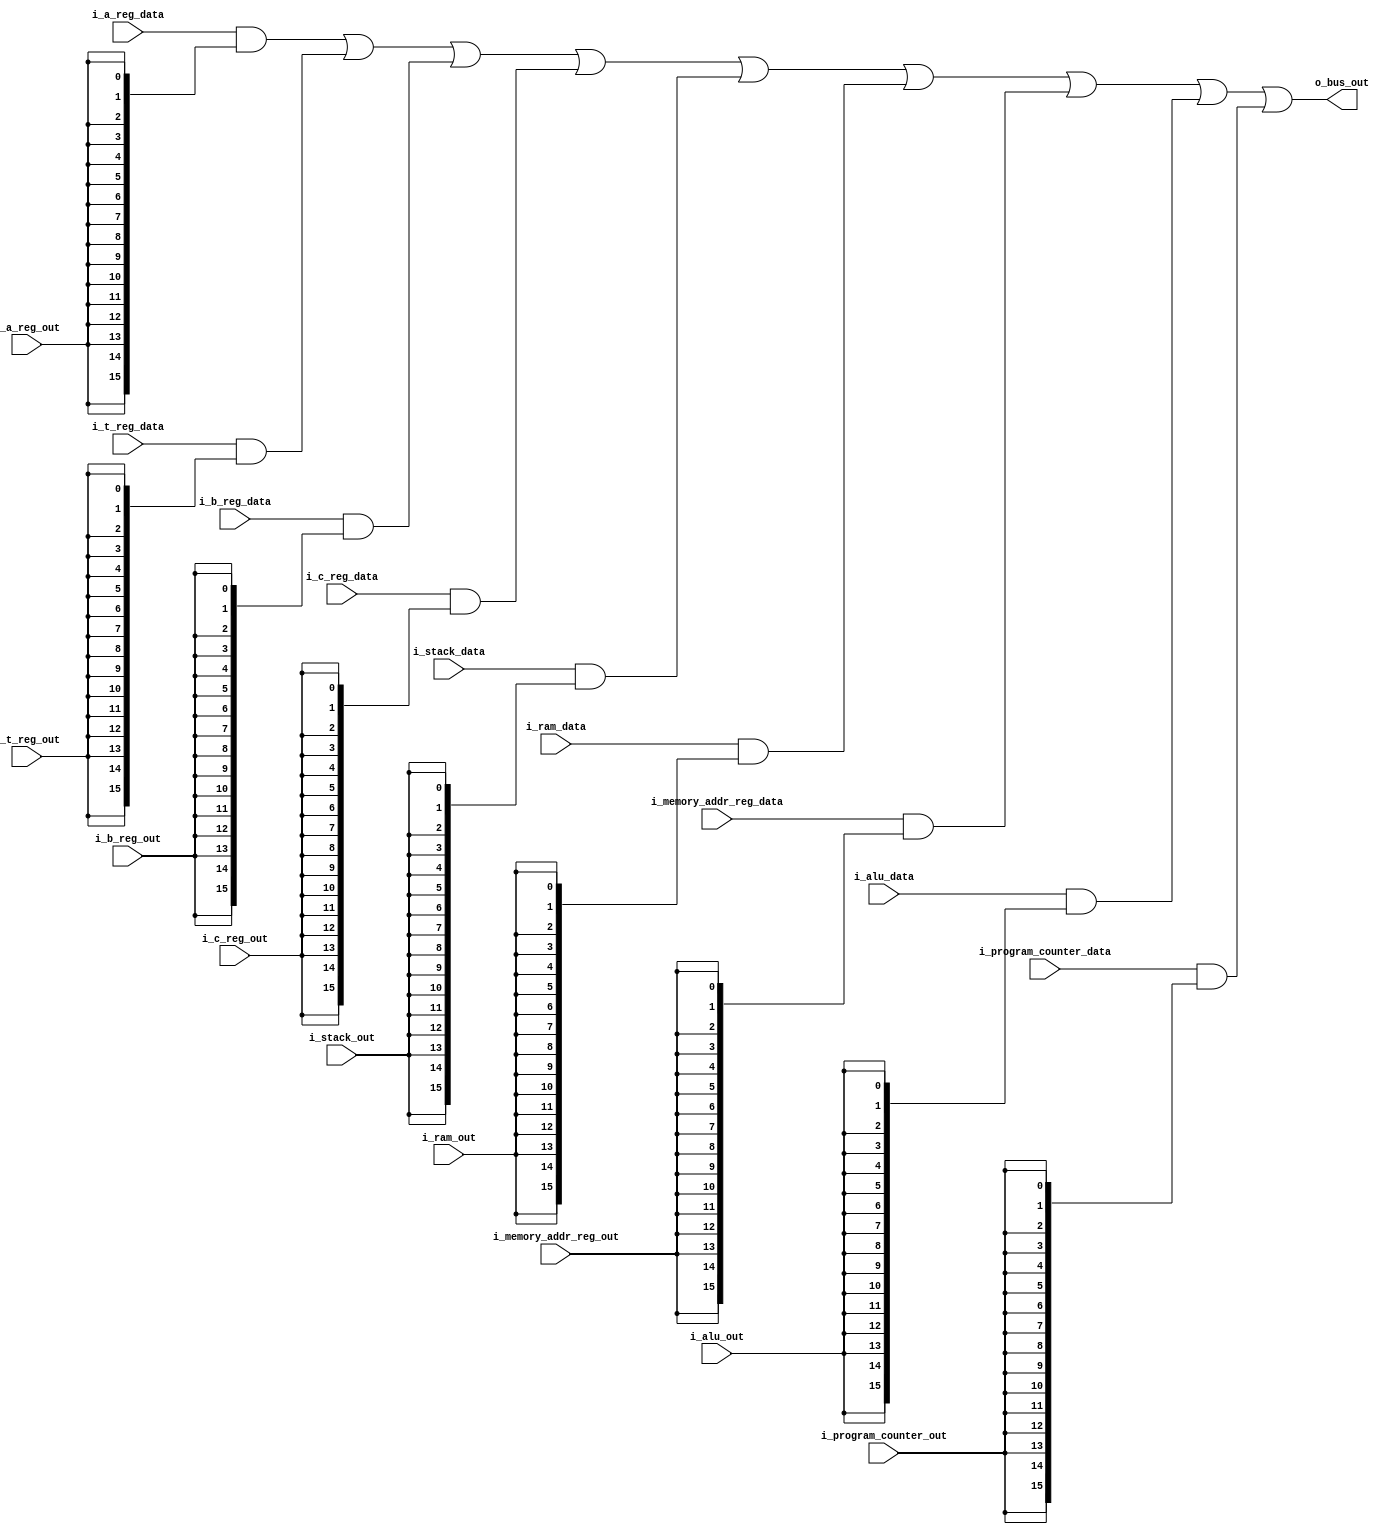
// My verilog simulator does not do tristate logic
// Instead, we will send all data to the bus and AND it with a MASK of its valid
// The bus will then OR reduce and output. At any given time, only one valid
// should be high anyway so this works will

`default_nettype none

module Bus #(
  parameter BUS_WIDTH                 = 16,
  parameter A_REG_OUT_WIDTH           = 8,
  parameter T_REG_OUT_WIDTH           = 8,
  parameter B_REG_OUT_WIDTH           = 8,
  parameter C_REG_OUT_WIDTH           = 8,
  parameter RAM_OUT_WIDTH             = 8,
  parameter STACK_OUT_WIDTH           = 16,
  parameter MEMORY_ADDR_REG_OUT_WIDTH = 16,
  parameter ALU_OUT_WIDTH             = 8,
  parameter PROGRAM_COUNTER_OUT_WIDTH = 16
)(
  input wire i_a_reg_out,
  input wire i_t_reg_out,
  input wire i_b_reg_out,
  input wire i_c_reg_out,
  input wire i_ram_out,
  input wire i_stack_out,
  input wire i_memory_addr_reg_out,
  input wire i_alu_out,
  input wire i_program_counter_out,

  input wire           [A_REG_OUT_WIDTH-1:0] i_a_reg_data,
  input wire           [T_REG_OUT_WIDTH-1:0] i_t_reg_data,
  input wire           [B_REG_OUT_WIDTH-1:0] i_b_reg_data,
  input wire           [C_REG_OUT_WIDTH-1:0] i_c_reg_data,
  input wire           [STACK_OUT_WIDTH-1:0] i_stack_data,
  input wire             [RAM_OUT_WIDTH-1:0] i_ram_data,
  input wire [MEMORY_ADDR_REG_OUT_WIDTH-1:0] i_memory_addr_reg_data,
  input wire             [ALU_OUT_WIDTH-1:0] i_alu_data,
  input wire [PROGRAM_COUNTER_OUT_WIDTH-1:0] i_program_counter_data,

  output wire                [BUS_WIDTH-1:0] o_bus_out
);

  //left fill with 0's if need be, and mask with data with valids
  wire [BUS_WIDTH-1:0] a_reg_masked           =  {{BUS_WIDTH-A_REG_OUT_WIDTH{1'b0}},          i_a_reg_data}
                                                & {BUS_WIDTH{i_a_reg_out}};
  wire [BUS_WIDTH-1:0] t_reg_masked           =  {{BUS_WIDTH-B_REG_OUT_WIDTH{1'b0}},          i_t_reg_data}
                                                & {BUS_WIDTH{i_t_reg_out}};
  wire [BUS_WIDTH-1:0] b_reg_masked           =  {{BUS_WIDTH-B_REG_OUT_WIDTH{1'b0}},          i_b_reg_data}
                                                & {BUS_WIDTH{i_b_reg_out}};
  wire [BUS_WIDTH-1:0] c_reg_masked           =  {{BUS_WIDTH-C_REG_OUT_WIDTH{1'b0}},          i_c_reg_data}
                                                & {BUS_WIDTH{i_c_reg_out}};
  wire [BUS_WIDTH-1:0] stack_masked           =  {{BUS_WIDTH-STACK_OUT_WIDTH{1'b0}},          i_stack_data}
                                                & {BUS_WIDTH{i_stack_out}};
  wire [BUS_WIDTH-1:0] ram_masked             =  {{BUS_WIDTH-RAM_OUT_WIDTH{1'b0}},            i_ram_data}
                                                & {BUS_WIDTH{i_ram_out}};
  wire [BUS_WIDTH-1:0] memory_addr_reg_masked =  {{BUS_WIDTH-MEMORY_ADDR_REG_OUT_WIDTH{1'b0}},i_memory_addr_reg_data}
                                                & {BUS_WIDTH{i_memory_addr_reg_out}};
  wire [BUS_WIDTH-1:0] alu_masked             =  {{BUS_WIDTH-ALU_OUT_WIDTH{1'b0}},            i_alu_data}
                                                & {BUS_WIDTH{i_alu_out}};
  wire [BUS_WIDTH-1:0] program_counter_masked =  {{BUS_WIDTH-PROGRAM_COUNTER_OUT_WIDTH{1'b0}},i_program_counter_data}
                                                & {BUS_WIDTH{i_program_counter_out}};

  assign o_bus_out = a_reg_masked           | t_reg_masked |
                     b_reg_masked           | c_reg_masked |
                     stack_masked           | ram_masked   |
                     memory_addr_reg_masked | alu_masked   | program_counter_masked;

endmodule